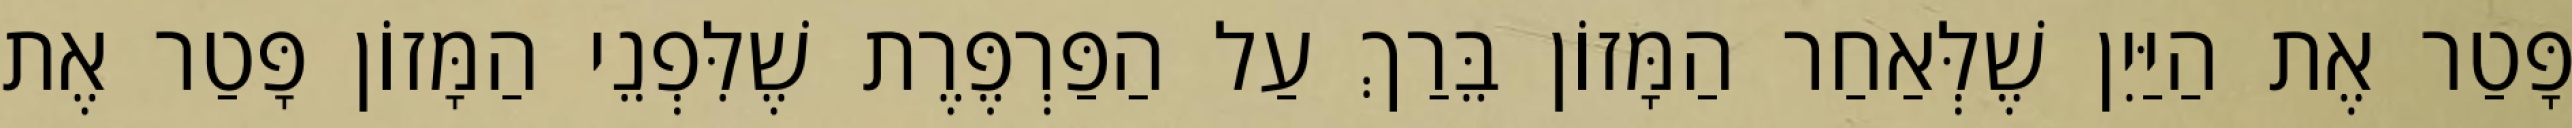
פָּטַר אֶת הַיַּיִן שֶׁלְּאַחַר הַמָּזוֹן בֵּרַךְ עַל הַפַּרְפֶּרֶת שֶׁלִּפְנֵי הַמָּזוֹן פָּטַר אֶת